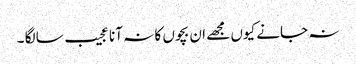
نہ جانے کیوں مجھے ان بچوں کا نہ آنا عجیب سا لگا ۔